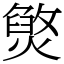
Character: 㷺